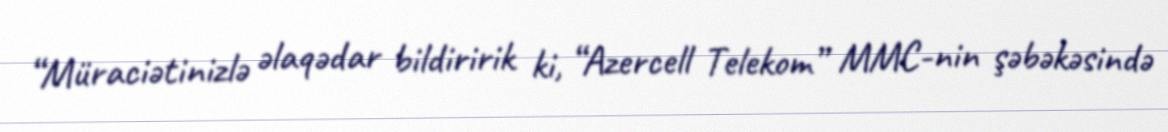
“Müraciətinizlə əlaqədar bildiririk ki, “Azercell Telekom” MMC-nin şəbəkəsində